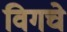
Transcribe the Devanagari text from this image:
विगचे